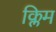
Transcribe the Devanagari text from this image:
क्लिम